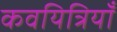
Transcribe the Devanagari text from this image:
कवयित्रियाँ